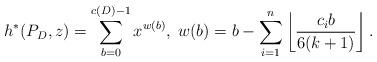
LaTeX: \begin{align*}h^*(P_D,z)=\sum_{b=0}^{c(D)-1} x^{w(b)}, \; w(b)=b-\sum_{i=1}^{n} \left \lfloor \frac{c_i b}{6(k+1)} \right \rfloor.\end{align*}